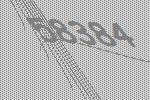
58384